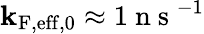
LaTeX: \mathbf{k}_{\mathrm{{F,eff}},0}\approx1\mathrm{{~n~s~}}^{-1}